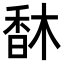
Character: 𩠽